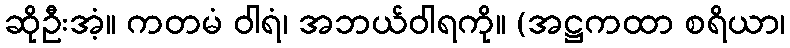
ဆိုဦးအံ့။ ကတမံ ဝါရံ၊ အဘယ်ဝါရကို။ (အဋ္ဌကထာ စရိယာ၊